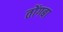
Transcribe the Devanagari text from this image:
तोंगबा